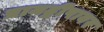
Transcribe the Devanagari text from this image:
प्रायद्वीपावर